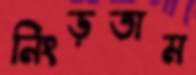
নিংড়তাম